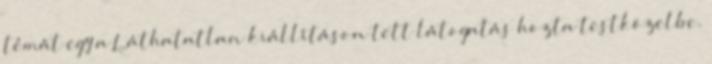
témát egy a Láthatatlan kiállításon tett látogatás hozta testközelbe.